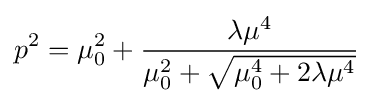
p^{2}=\mu _{0}^{2}+{\frac {\lambda \mu ^{4}}{\mu _{0}^{2}+{\sqrt {\mu _{0}^{4}+2\lambda \mu ^{4}}}}}